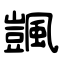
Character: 颽